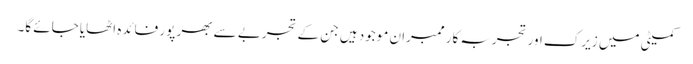
کمیٹی میں زیرک اور تجربہ کار ممبران موجود ہیں جن کے تجربے سے بھر پور فائدہ اٹھایا جائے گا۔